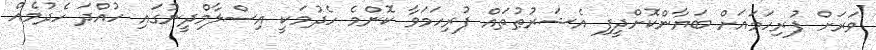
ވަރަށް ފުރިހަމައަށް ބަޔާންކޮށްދީފި އެޝަރުޠުތައް ފުރިހަމަވާ ކޮންމެ ހެދުމަކީ އިސްލާމްދީނުގައި ހުއްދަ ހެދުމެއް